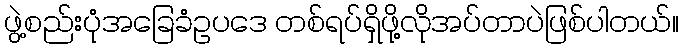
ဖွဲ့စည်းပုံအခြေခံဥပဒေ တစ်ရပ်ရှိဖို့လိုအပ်တာပဲဖြစ်ပါတယ်။